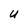
Character: U